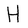
Character: H